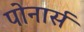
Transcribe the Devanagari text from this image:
पोनार्स